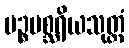
ပဉ္စမစ္ဆရိယသုတ္တံ